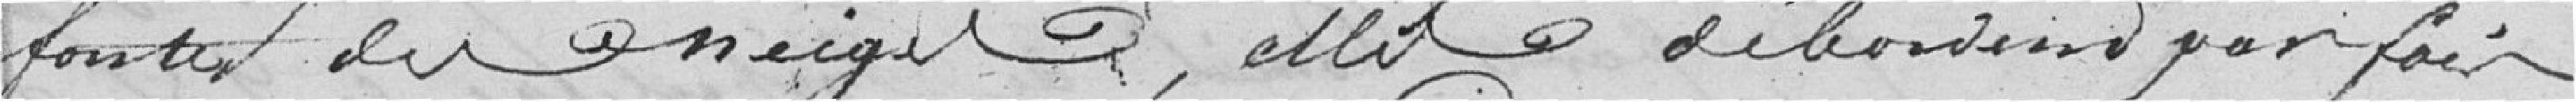
fonte des neiges, elles débordent parfois,